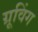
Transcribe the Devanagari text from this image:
ग्रूविंग